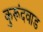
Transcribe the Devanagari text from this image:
कुरूंदवाड